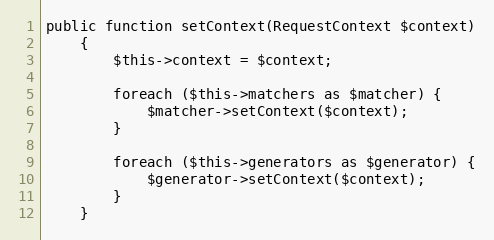
Language: PHP
public function setContext(RequestContext $context)
    {
        $this->context = $context;

        foreach ($this->matchers as $matcher) {
            $matcher->setContext($context);
        }

        foreach ($this->generators as $generator) {
            $generator->setContext($context);
        }
    }